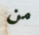
من